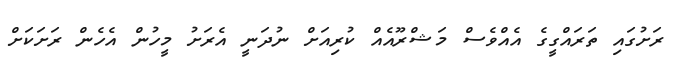
ރަށުގައި ތަރައްގީގެ އެއްވެސް މަޝްރޫއެއް ކުރިއަށް ނުދަނީ އެރަށު މީހުން އެހެން ރަށަކަށް